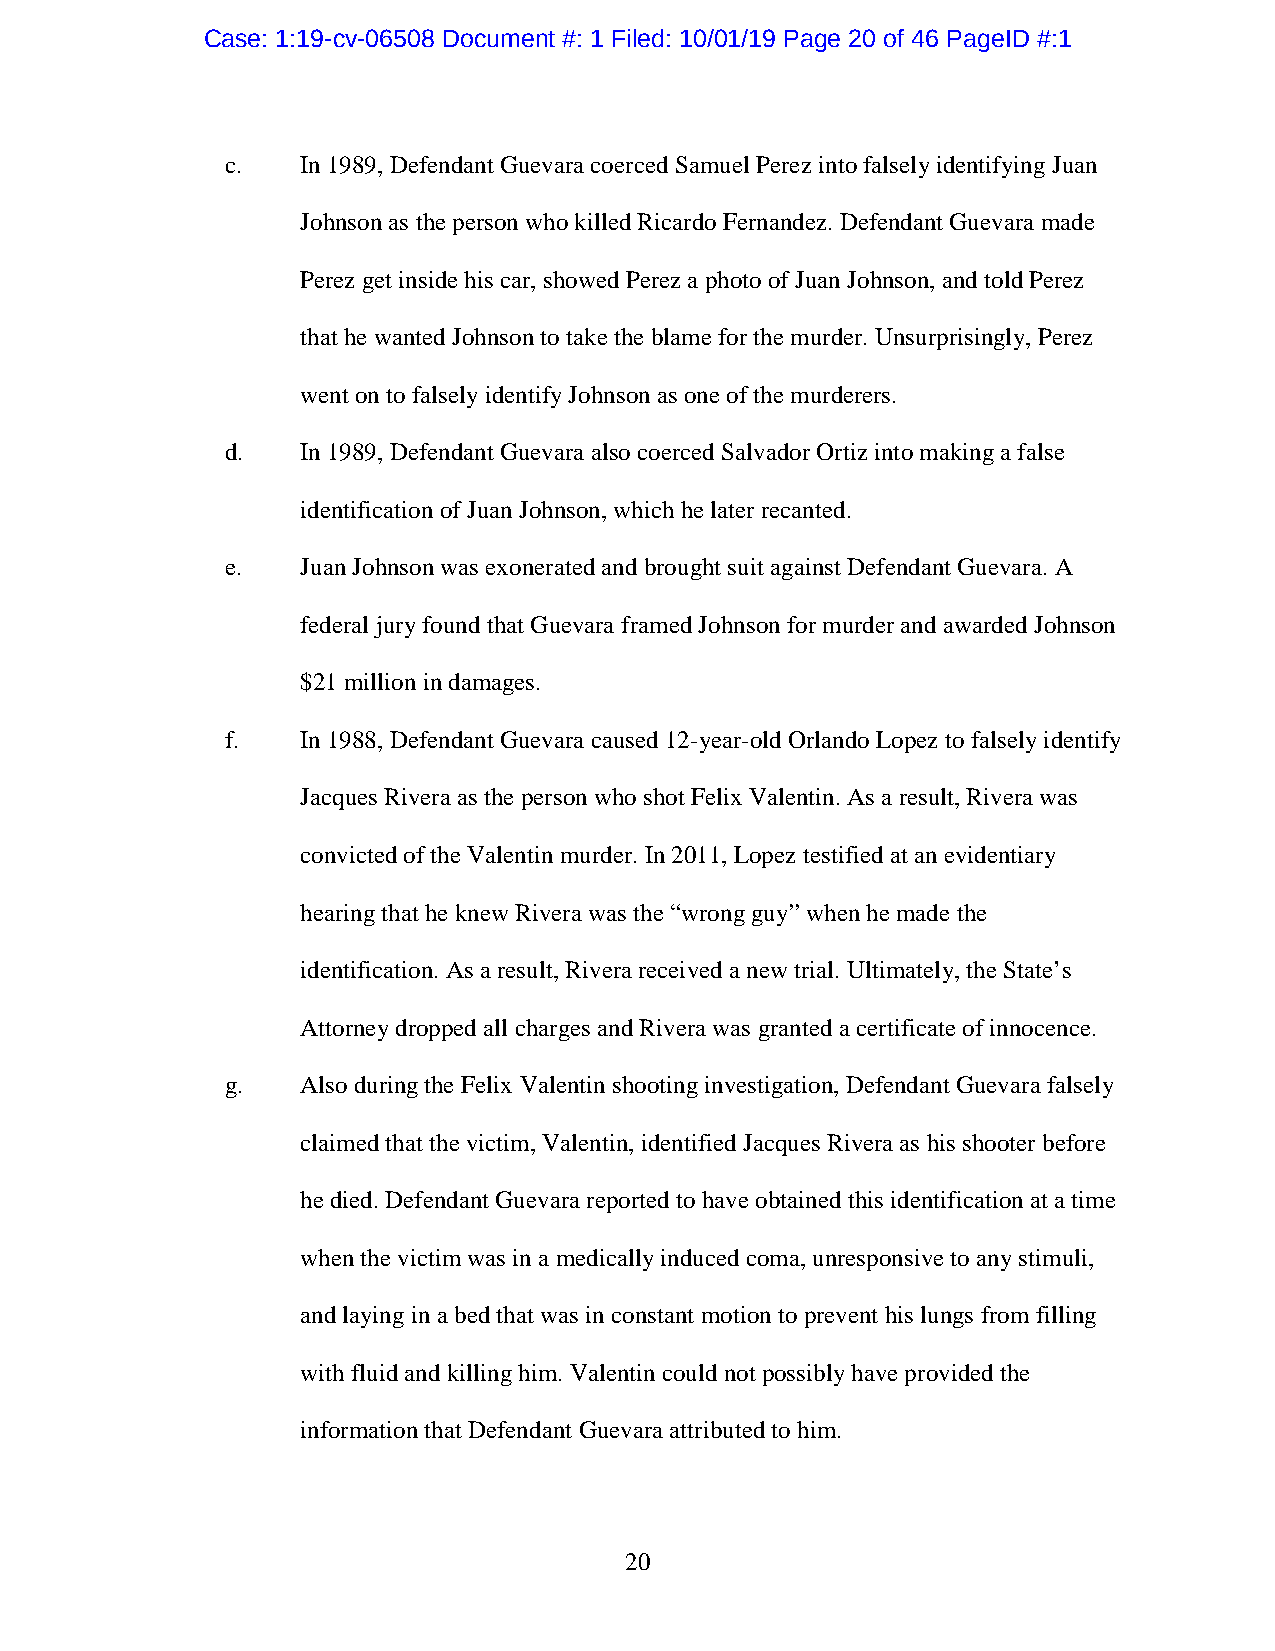
Case: 1:19-cv-06508 Document #: 1 Filed: 10/01/19 Page 20 of 46 PageID #:1
 c.   In 1989, Defendant Guevara coerced Samuel Perez into falsely identifying Juan
 Johnson as the person who killed Ricardo Fernandez. Defendant Guevara made
 Perez get inside his car, showed Perez a photo of Juan Johnson, and told Perez
 that he wanted Johnson to take the blame for the murder. Unsurprisingly, Perez
 went on to falsely identify Johnson as one of the murderers.
 d.   In 1989, Defendant Guevara also coerced Salvador Ortiz into making a false
 identification of Juan Johnson, which he later recanted.
 e.   Juan Johnson was exonerated and brought suit against Defendant Guevara. A
 federal jury found that Guevara framed Johnson for murder and awarded Johnson
 $21 million in damages.
 f.   In 1988, Defendant Guevara caused 12-year-old Orlando Lopez to falsely identify
 Jacques Rivera as the person who shot Felix Valentin. As a result, Rivera was
 convicted of the Valentin murder. In 2011, Lopez testified at an evidentiary
 hearing that he knew Rivera was the “wrong guy” when he made the
 identification. As a result, Rivera received a new trial. Ultimately, the State’s
 Attorney dropped all charges and Rivera was granted a certificate of innocence.
 g.   Also during the Felix Valentin shooting investigation, Defendant Guevara falsely
 claimed that the victim, Valentin, identified Jacques Rivera as his shooter before
 he died. Defendant Guevara reported to have obtained this identification at a time
 when the victim was in a medically induced coma, unresponsive to any stimuli,
 and laying in a bed that was in constant motion to prevent his lungs from filling
 with fluid and killing him. Valentin could not possibly have provided the
 information that Defendant Guevara attributed to him.
 20